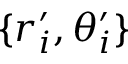
\{ r _ { i } ^ { \prime } , \theta _ { i } ^ { \prime } \}